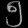
Digit: ၅